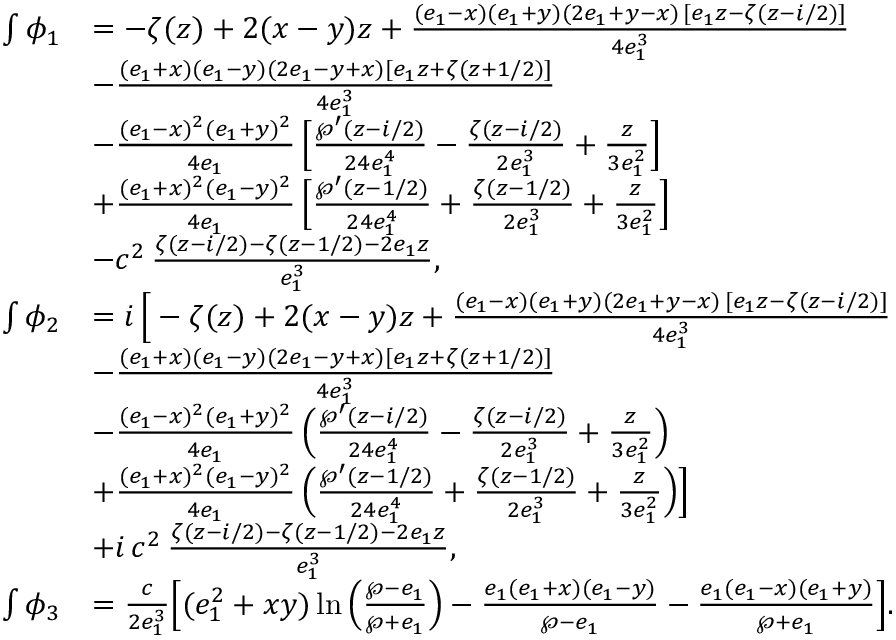
\begin{array} { r l } { \int \phi _ { 1 } } & { = - \zeta ( z ) + 2 ( x - y ) z + \frac { ( e _ { 1 } - x ) ( e _ { 1 } + y ) ( 2 e _ { 1 } + y - x ) \, [ e _ { 1 } z - \zeta ( z - i / 2 ) ] } { 4 e _ { 1 } ^ { 3 } } } \\ & { - \frac { ( e _ { 1 } + x ) ( e _ { 1 } - y ) ( 2 e _ { 1 } - y + x ) [ e _ { 1 } z + \zeta ( z + 1 / 2 ) ] } { 4 e _ { 1 } ^ { 3 } } } \\ & { - \frac { ( e _ { 1 } - x ) ^ { 2 } ( e _ { 1 } + y ) ^ { 2 } } { 4 e _ { 1 } } \, \Big [ \frac { \wp ^ { \prime } ( z - i / 2 ) } { 2 4 e _ { 1 } ^ { 4 } } - \frac { \zeta ( z - i / 2 ) } { 2 e _ { 1 } ^ { 3 } } + \frac { z } { 3 e _ { 1 } ^ { 2 } } \Big ] } \\ & { + \frac { ( e _ { 1 } + x ) ^ { 2 } ( e _ { 1 } - y ) ^ { 2 } } { 4 e _ { 1 } } \, \Big [ \frac { \wp ^ { \prime } ( z - 1 / 2 ) } { 2 4 e _ { 1 } ^ { 4 } } + \frac { \zeta ( z - 1 / 2 ) } { 2 e _ { 1 } ^ { 3 } } + \frac { z } { 3 e _ { 1 } ^ { 2 } } \Big ] } \\ & { - c ^ { 2 } \, \frac { \zeta ( z - i / 2 ) - \zeta ( z - 1 / 2 ) - 2 e _ { 1 } z } { e _ { 1 } ^ { 3 } } , } \\ { \int \phi _ { 2 } } & { = i \, \Big [ - \zeta ( z ) + 2 ( x - y ) z + \frac { ( e _ { 1 } - x ) ( e _ { 1 } + y ) ( 2 e _ { 1 } + y - x ) \, [ e _ { 1 } z - \zeta ( z - i / 2 ) ] } { 4 e _ { 1 } ^ { 3 } } } \\ & { - \frac { ( e _ { 1 } + x ) ( e _ { 1 } - y ) ( 2 e _ { 1 } - y + x ) [ e _ { 1 } z + \zeta ( z + 1 / 2 ) ] } { 4 e _ { 1 } ^ { 3 } } } \\ & { - \frac { ( e _ { 1 } - x ) ^ { 2 } ( e _ { 1 } + y ) ^ { 2 } } { 4 e _ { 1 } } \, \Big ( \frac { \wp ^ { \prime } ( z - i / 2 ) } { 2 4 e _ { 1 } ^ { 4 } } - \frac { \zeta ( z - i / 2 ) } { 2 e _ { 1 } ^ { 3 } } + \frac { z } { 3 e _ { 1 } ^ { 2 } } \Big ) } \\ & { + \frac { ( e _ { 1 } + x ) ^ { 2 } ( e _ { 1 } - y ) ^ { 2 } } { 4 e _ { 1 } } \, \Big ( \frac { \wp ^ { \prime } ( z - 1 / 2 ) } { 2 4 e _ { 1 } ^ { 4 } } + \frac { \zeta ( z - 1 / 2 ) } { 2 e _ { 1 } ^ { 3 } } + \frac { z } { 3 e _ { 1 } ^ { 2 } } \Big ) \Big ] } \\ & { + i \, c ^ { 2 } \, \frac { \zeta ( z - i / 2 ) - \zeta ( z - 1 / 2 ) - 2 e _ { 1 } z } { e _ { 1 } ^ { 3 } } , } \\ { \int \phi _ { 3 } } & { = \frac { c } { 2 e _ { 1 } ^ { 3 } } \Big [ ( e _ { 1 } ^ { 2 } + x y ) \ln \Big ( \frac { \wp - e _ { 1 } } { \wp + e _ { 1 } } \Big ) - \frac { e _ { 1 } ( e _ { 1 } + x ) ( e _ { 1 } - y ) } { \wp - e _ { 1 } } - \frac { e _ { 1 } ( e _ { 1 } - x ) ( e _ { 1 } + y ) } { \wp + e _ { 1 } } \Big ] . } \end{array}